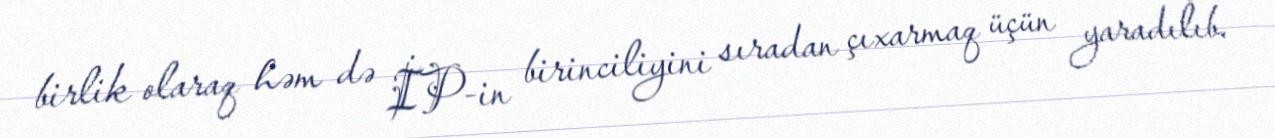
birlik olaraq həm də İP-in birinciliyini sıradan çıxarmaq üçün yaradılıb.